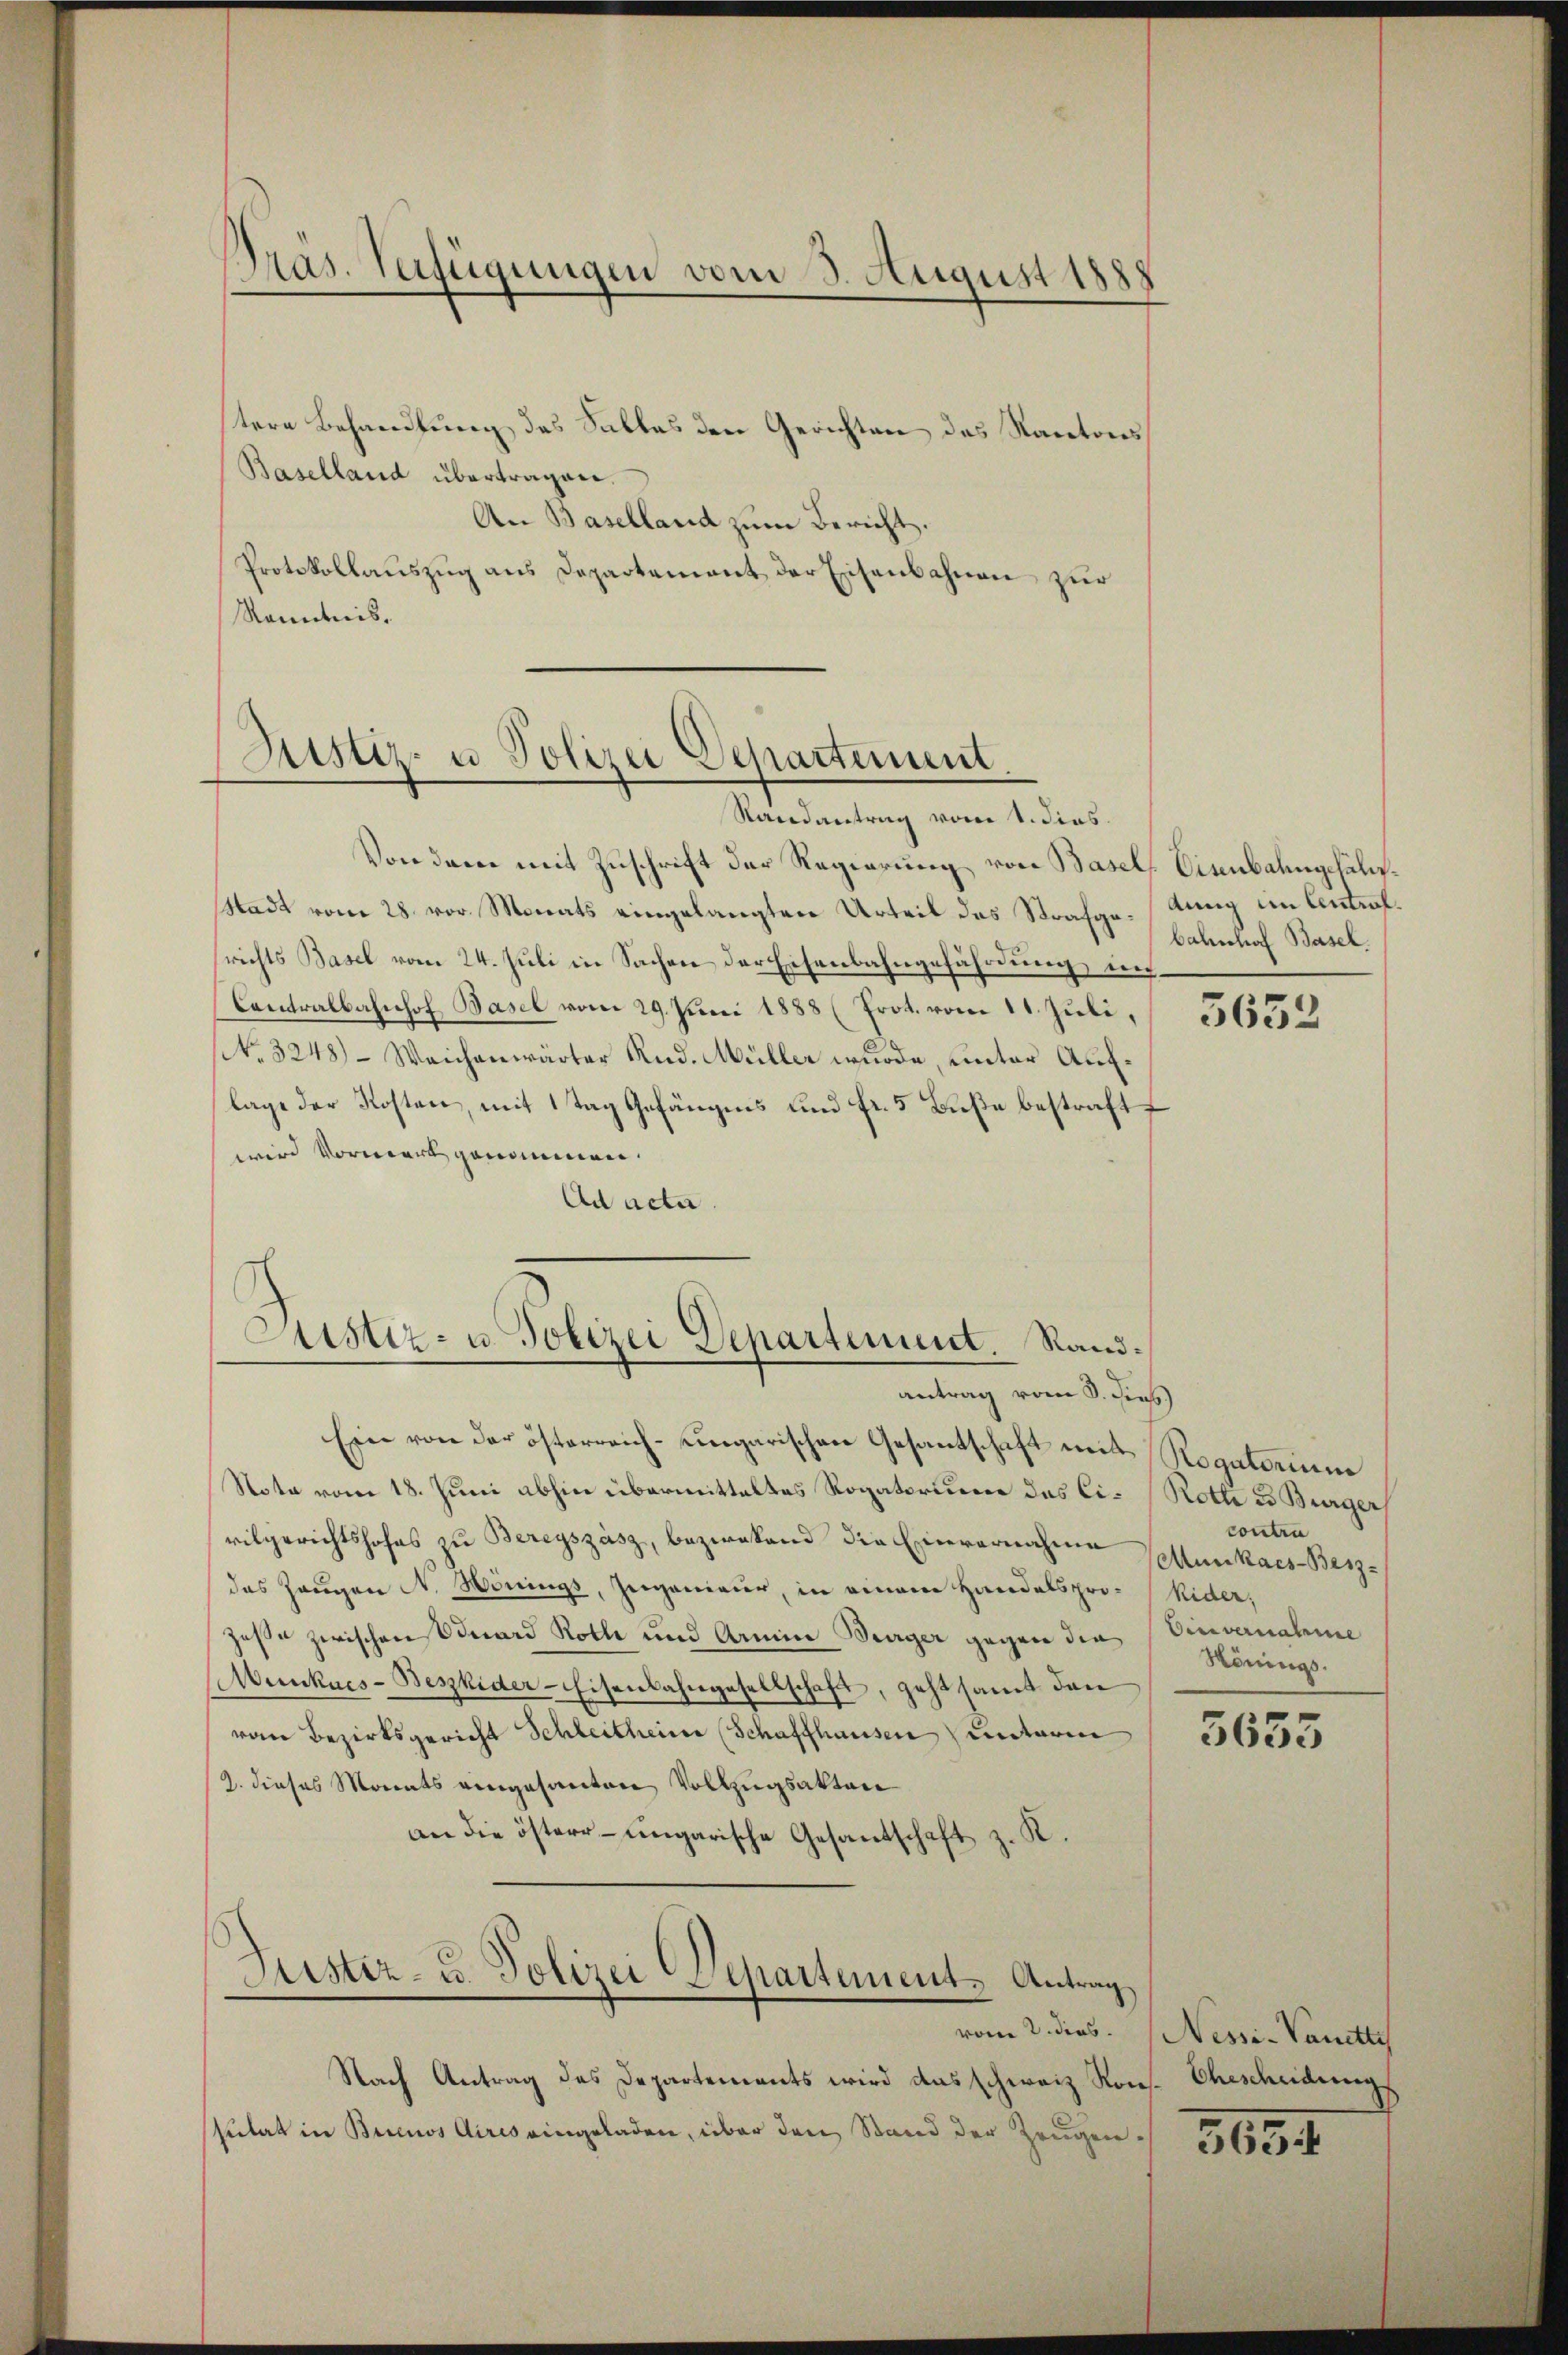
Pras. Verfügungen vom 3. August 1888

tere Behandlung des Falles den Gerichten des Kantons
Baselland übertragen.
An Baselland zum Bericht.
Protokollauszug aus Departement der Eisenbahnen zur
Kenntnis.

Von dem mit Zuschrift der Regierung von Basel
Stadt vom 28. vor. Monats eingelangten Urteil des Strafge-lung im Antrafsrichts Basel vom 24. Juli in Sachen der Eisenbahngefährdung ins¬
Contralbahnhof Basel vom 29. Juni 1888 (Prot. vom 11. Juli,
NNo. 3248) - Weichenwärter Rud. Müller wurde, unter Auflage der Kosten, mit 1 Tag Gefängnis und fr. 5 Buße bestraft
wird Vormerk genommen.
Ad acta

Justiz- u Polizei Departement.
Randantrag vom 1. dies

Sistiz- u. Polizei Departement. Rand¬

antrag vom 8. dies
Ein von der österreich-ungarischen Gesantschaft mit Rogatorium
Nota vom 18. Juni abhin übermitteltes Rogatorium das Ci- Rotte 3 Bürger
vilgerichtshofes zu Beregszász, bezwekend die Einvernahme Collenkaes-Berzdas Zeugen N. Hönings, Ingenieur, in einem Handelspro- Wider,
haße zwischen Eduard Roth und Armine Burger gegen die Einvernahme
Münkues-Beszhider-Eisenbahngesellschaft, geht samt dann
vom Bezirksgericht Schleitheine (Schaffhausen unterm
(2. dieses Monats eingesanten Vollzugsakten
an die öster- ungarische Gesantschaft z. K.
Justiz- u. Polizei Departement. Antrag
vom 2. dies. Nessi-Vanette
Nach Antrag des Departements wird das schweiz. Kons.
sulat in Buenos Aires eingeladen, über den Stand der Zeugen¬

Cisenbahngehalbahnhof Basel.

5653

contra
Rönings.

5655

Ehescheidung

3634